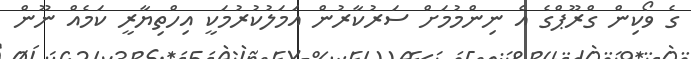
ގެ ވޯކިން ގްރޫޕްގެ އެ ނިންމުމަށް ސަރުކާރުން އަމަލުކުރުމަކީ އިހްތިޔާރީ ކަމެއް ނޫން